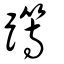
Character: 𨅸